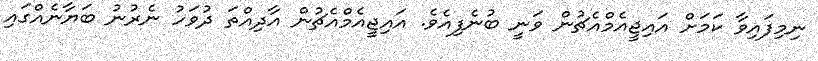
ނިމިފައިވާ ކަމަށް އައިޖީއެމްއެޗުން ވަނީ ބުނެފިއެވެ. އައިޖީއެމްއެޗުން އާދިއްތަ ދުވަހު ނެރުނު ބަޔާނެއްގައި